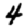
Digit: 4